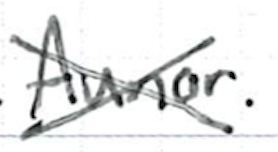
Text: Aunor.
Cross-out: cross
Writing tool: ballpoint